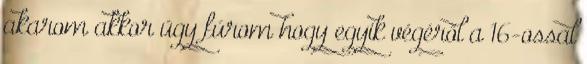
akarom akkor úgy fúrom hogy egyik végéről a 16-ossal